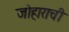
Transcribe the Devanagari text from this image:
जोहाराची